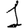
Digit: 1